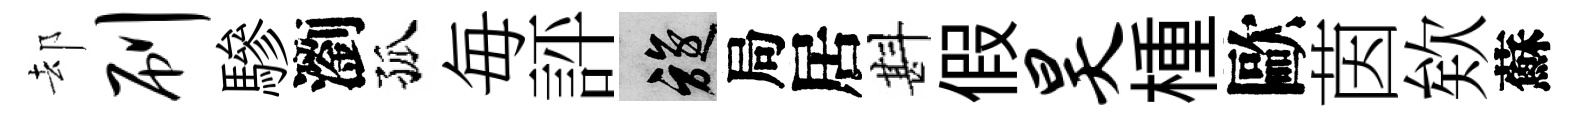
却刷驂瀏孤毎評旋局居斟假昊㮔歐茵欸蘇